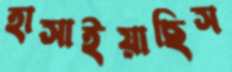
হাসাইয়াছিস